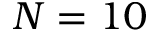
N = 1 0